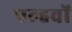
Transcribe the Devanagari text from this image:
पल्हवों